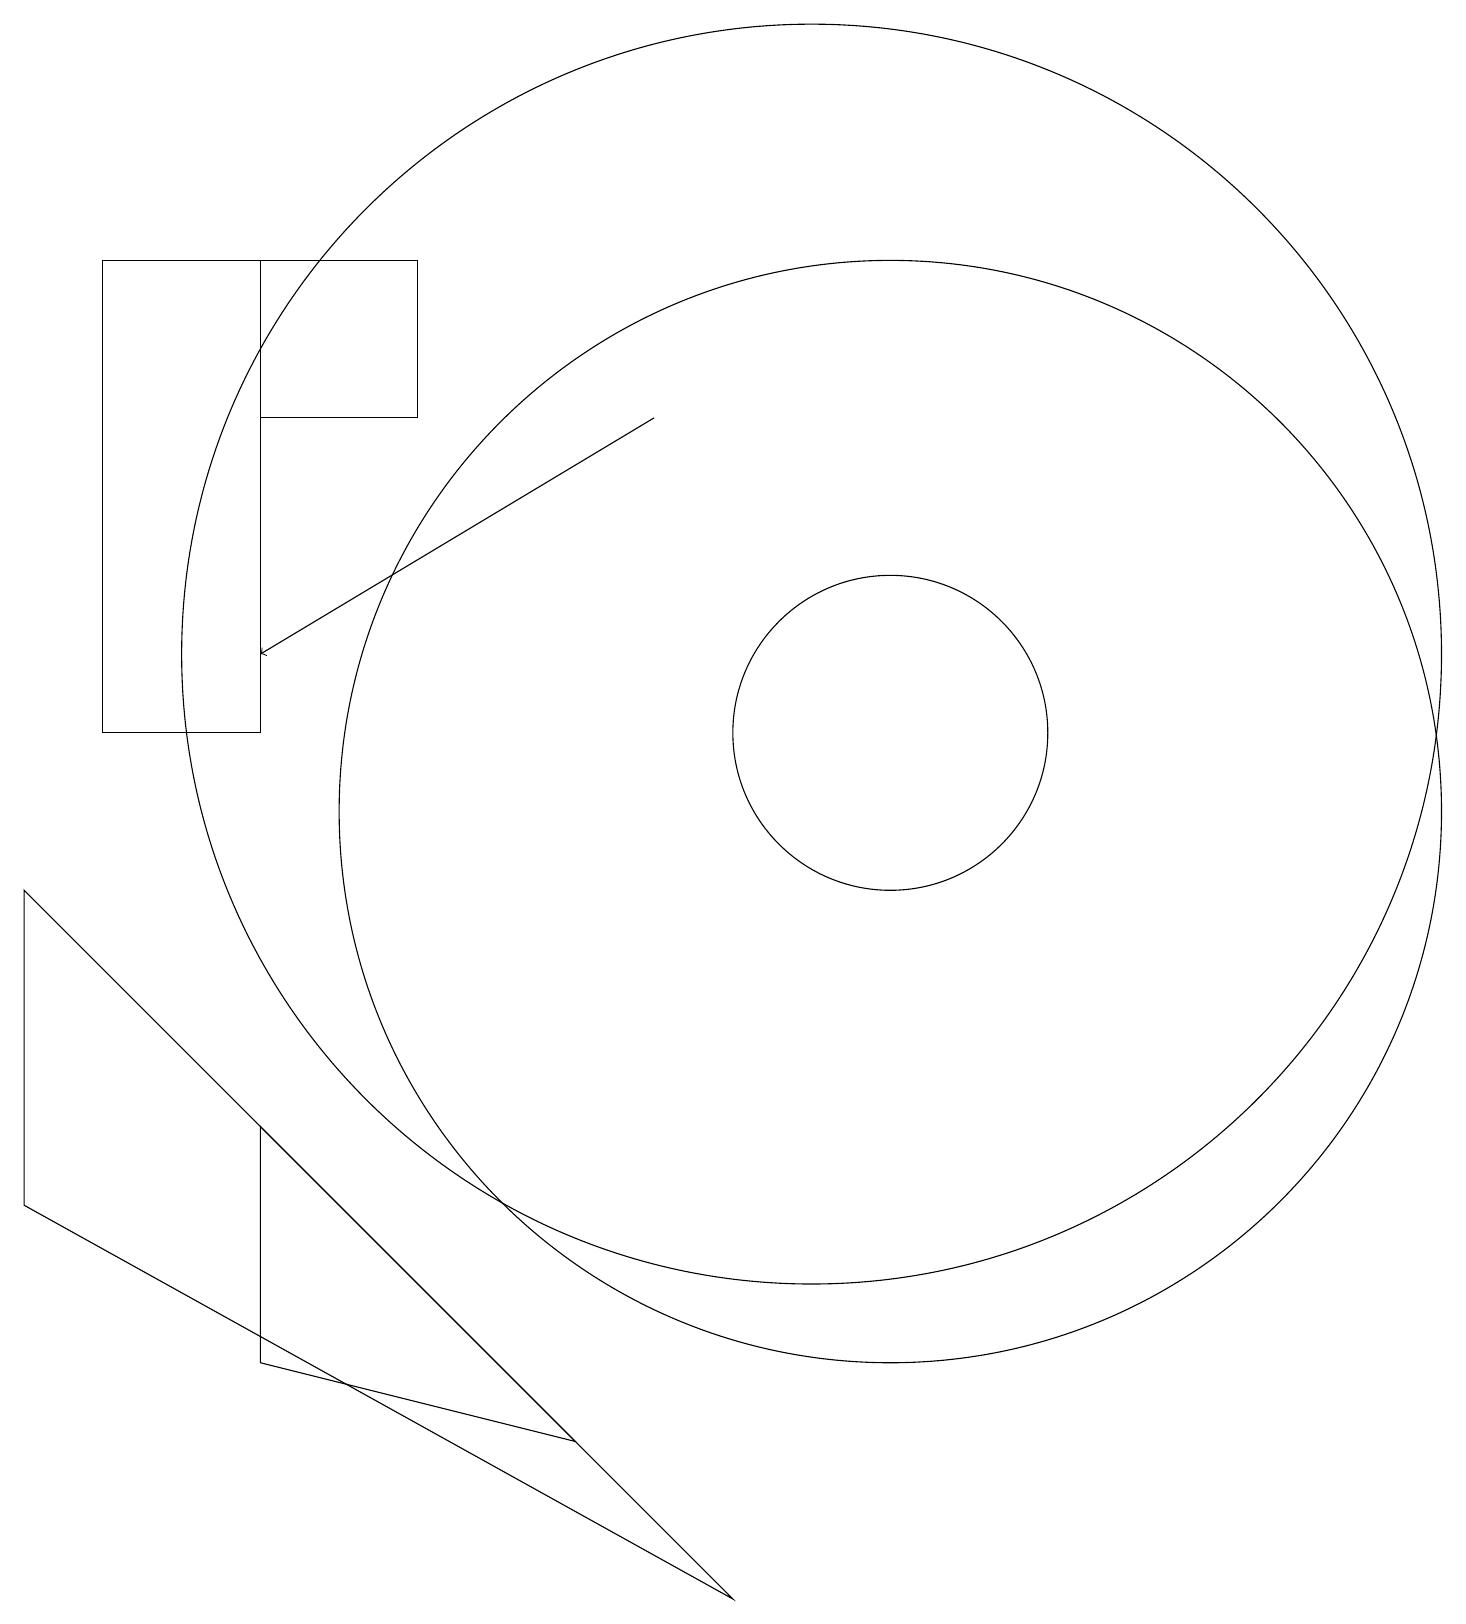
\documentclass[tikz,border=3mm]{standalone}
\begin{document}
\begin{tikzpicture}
\draw (3,15) rectangle (5,17);
\draw (10,12) circle (8);
\draw (3,11) rectangle (1,17);
\draw (3,3) -- (7,2) -- (3,6) -- cycle;
\draw (9,0) -- (0,9) -- (0,5) -- cycle;
\draw (11,11) circle (2);
\draw[->] (8,15) -- (3,12);
\draw (11,10) circle (7);
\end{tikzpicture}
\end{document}